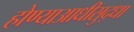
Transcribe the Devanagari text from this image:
होण्याआधीसुद्धा